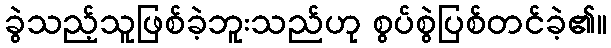
ခွဲသည့်သူဖြစ်ခဲ့ဘူးသည်ဟု စွပ်စွဲပြစ်တင်ခဲ့၏။